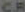
CR